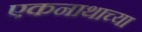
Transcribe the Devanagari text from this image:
एकनाथाच्या